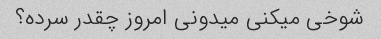
شوخی میکنی میدونی امروز چقدر سرده؟